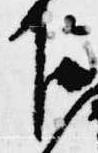
下